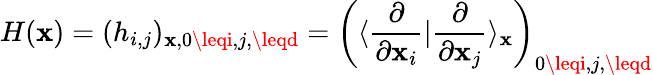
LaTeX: H(\mathbf{x})=(h_{i,j})_{\mathbf{x},0\leqi,j,\leqd}=\left(\langle\frac{{\partial}}{{\partial\mathbf{x}_{i}}}|\frac{{\partial}}{{\partial\mathbf{x}_{j}}}\rangle_{\mathbf{x}}\right)_{0\leqi,j,\leqd}